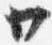
廿